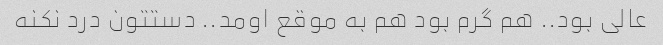
عالی بود.. هم گرم بود هم به موقع اومد.. دستتون درد نکنه